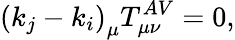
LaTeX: \left(k_{j}-k_{i}\right)_{\mu}T_{\mu\nu}^{AV}=0,